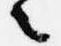
之